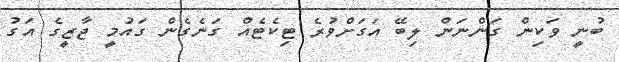
ބުނީ ވަކިން ގަންނަން ލިބޭ އަގަށްވުރެ ޓިކެޓެއް ގަނެގެން ގައުމީ ޖާޒީގެ އަގު